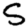
Digit: 5